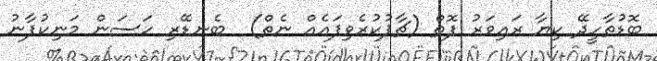
ބޮޑުތާހީދޭ ކިޔާ ރައިވަރު ފޮތް (ޗާޕުކުރެވިފައެއް ނެތް)  ބެނޑޭރި ހަސަން މަނިކުފާނު